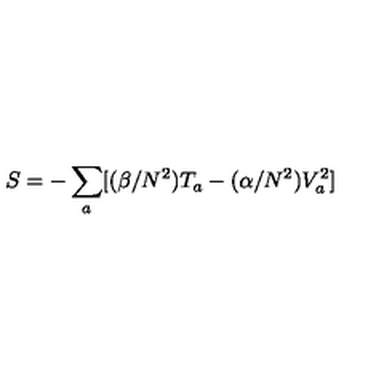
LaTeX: S = - \sum _ { a } [ ( \beta / N ^ { 2 } ) T _ { a } - ( \alpha / N ^ { 2 } ) V _ { a } ^ { 2 } ]